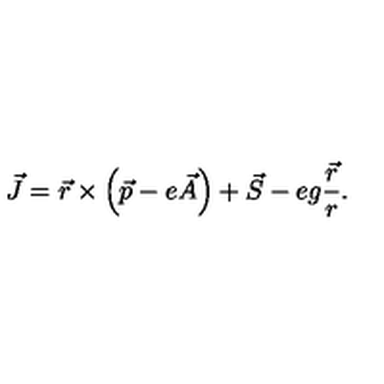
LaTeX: \vec { J } = \vec { r } \times \left( \vec { p } - e \vec { A } \right) + \vec { S } - e g \frac { \vec { r } } { r } .